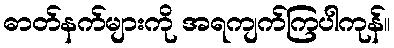
ဓာတ်နက်များကို အရကျက်ကြပါကုန်။